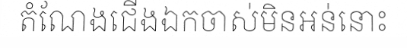
តំណែងជើងឯកចាស់មិនអន់នោះ